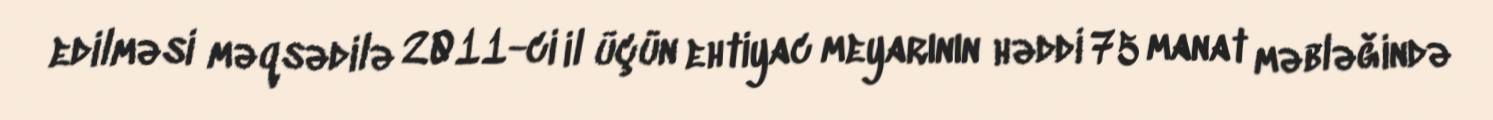
edilməsi məqsədilə 2011-ci il üçün ehtiyac meyarının həddi 75 manat məbləğində